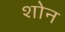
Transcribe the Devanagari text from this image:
शोन